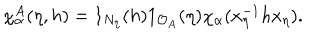
\chi _ { \alpha } ^ { A } ( \eta , h ) = 1 _ { N _ { \eta } } ( h ) 1 _ { \mathcal { O } _ { A } } ( \eta ) \chi _ { \alpha } ( x _ { \eta } ^ { - 1 } h x _ { \eta } ) .